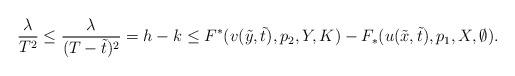
LaTeX: \begin{align*}\frac{\lambda}{T^2}\le \frac{\lambda}{(T-\tilde{t})^2}=h-k\le F^\ast(v(\tilde{y}, \tilde{t}), p_2, Y, K)-F_\ast(u(\tilde{x}, \tilde{t}), p_1, X, \emptyset).\end{align*}